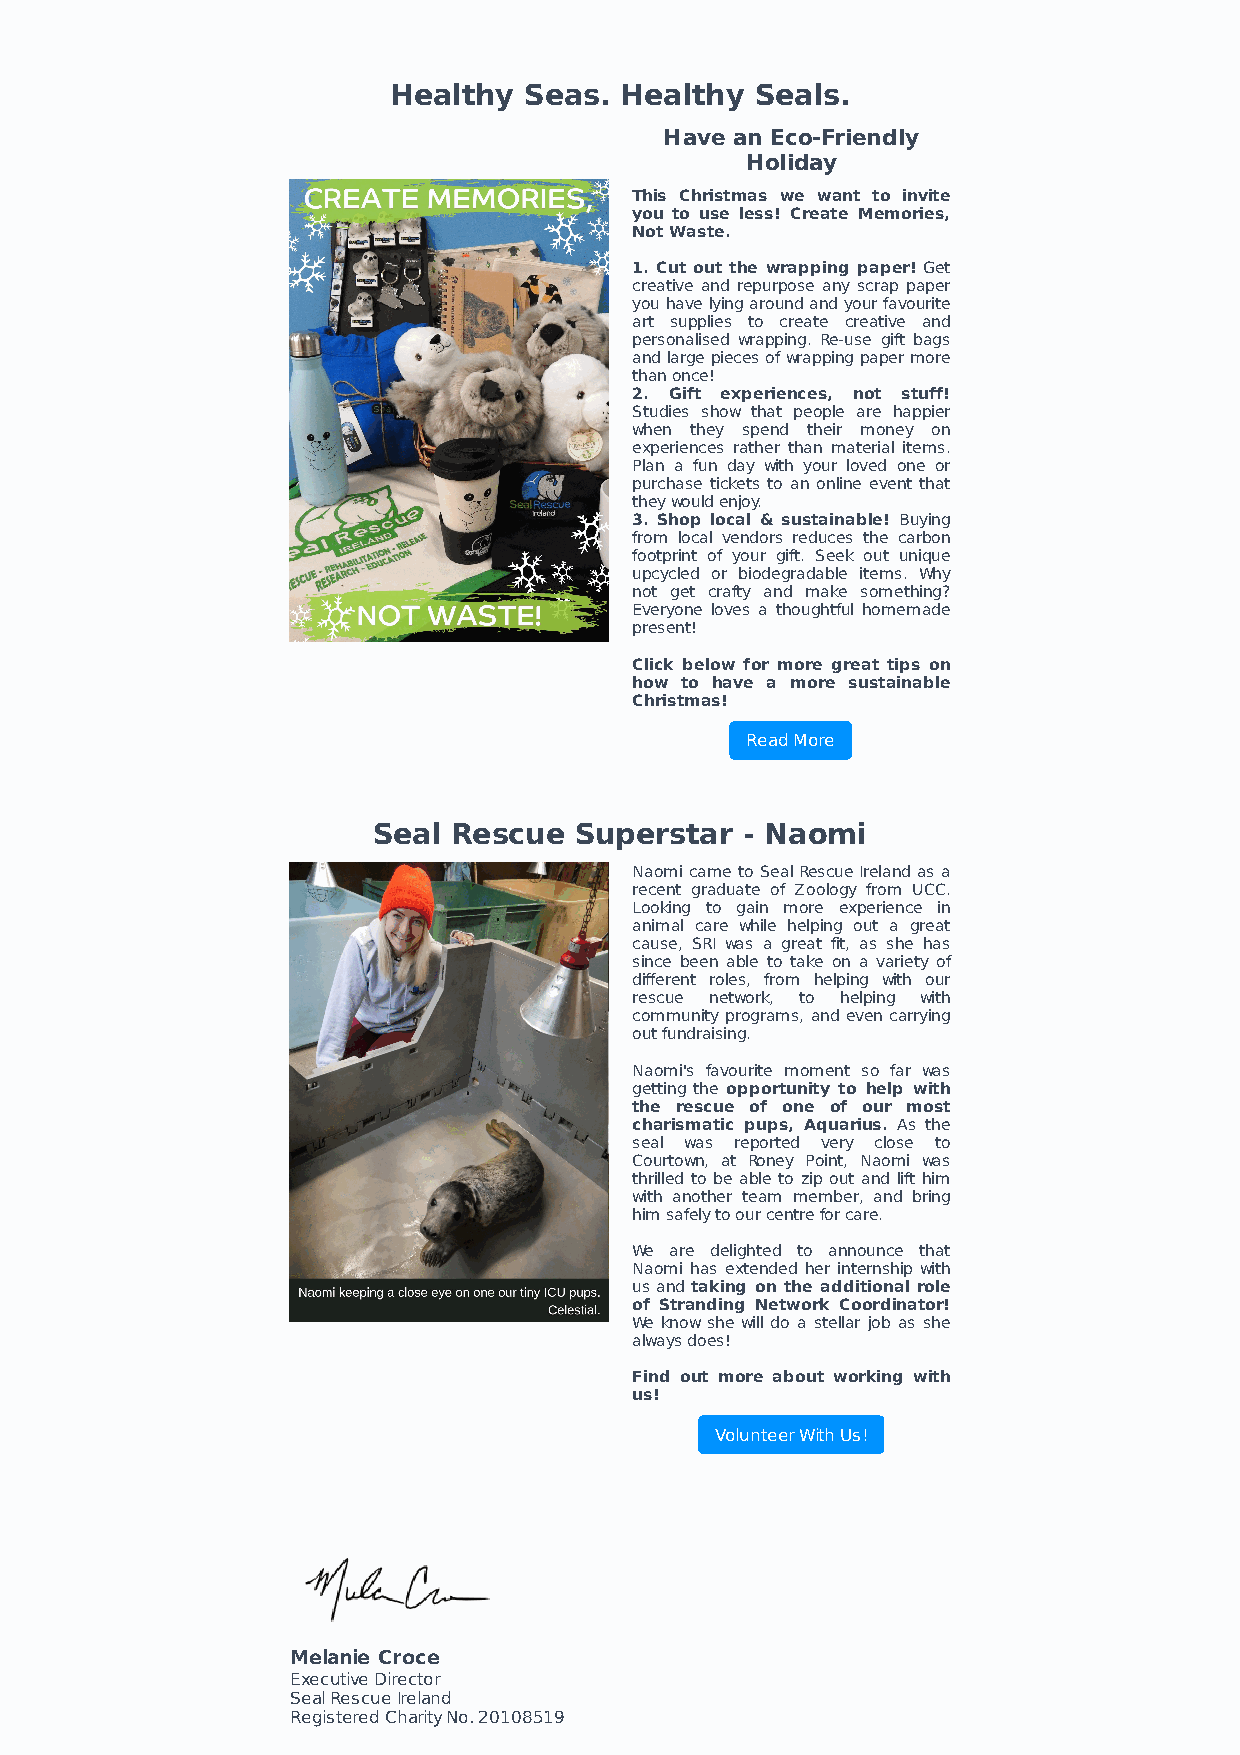
Healthy  Seas. Healthy  Seals.
 Have an Eco-Friendly
 Holiday
 This Christmas we want to invite
 you to use less! Create Memories,
 Not Waste.
 1. Cut out the wrapping paper! Get
 creative and repurpose any scrap paper
 you have lying around and your favourite
 art supplies to create creative and
 personalised wrapping. Re-use gift bags
 and large pieces of wrapping paper more
 than once!
 2. Gift experiences, not stuff!
 Studies show that people are happier
 when they spend their money on
 experiences rather than material items.
 Plan a fun day with your loved one or
 purchase tickets to an online event that
 they would enjoy.
 3. Shop local & sustainable! Buying
 from local vendors reduces the carbon
 footprint of your gift. Seek out unique
 upcycled or biodegradable items. Why
 not get crafty and make something?
 Everyone loves a thoughtful homemade
 present!
 Click below for more great tips on
 how to have a more sustainable
 Christmas!
 Read More
 Seal Rescue  Superstar  - Naomi
 Naomi came to Seal Rescue Ireland as a
 recent graduate of Zoology from UCC.
 Looking to gain more experience in
 animal care while helping out a great
 cause, SRI was a great fit, as she has
 since been able to take on a variety of
 different roles, from helping with our
 rescue network, to helping with
 community programs, and even carrying
 out fundraising.
 Naomi's favourite moment so far was
 getting the opportunity to help with
 the rescue of one of our most
 charismatic pups, Aquarius. As the
 seal was reported very close to
 Courtown, at Roney Point, Naomi was
 thrilled to be able to zip out and lift him
 with another team member, and bring
 him safely to our centre for care.
 We are delighted to announce that
 Naomi has extended her internship with
 us and taking on the additional role
 of Stranding Network Coordinator!
 We know she will do a stellar job as she
 always does!
 Find out more about working with
 us!
 Volunteer With Us!
 Melanie Croce
 Executive Director
 Seal Rescue Ireland
 Registered Charity No. 20108519